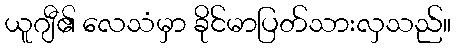
ယူဂျီ၏ လေသံမှာ ခိုင်မာပြတ်သားလှသည်။